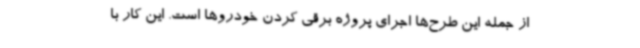
از جمله این طرح‌ها اجرای پروژه برقی‌ کردن خودروها است. این کار با